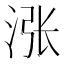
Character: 涨